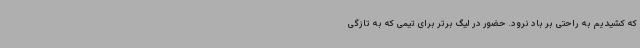
که کشیدیم به راحتی بر باد نرود. حضور در لیگ برتر برای تیمی که به تازگی